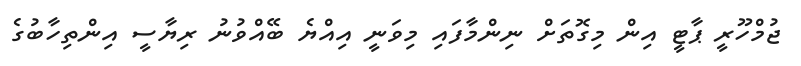
ޖުމްހޫރީ ޕާޓީ އިން މިގޮތަށް ނިންމާފައި މިވަނީ އިއްޔެ ބޭއްވުނު ރިޔާސީ އިންތިހާބުގެ